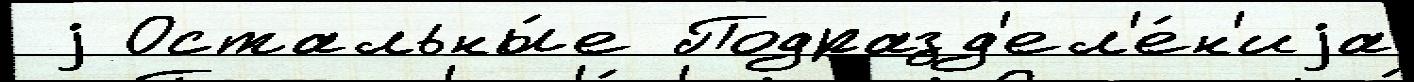
 j Остальны́е Подразд'ел'е́н'иjа